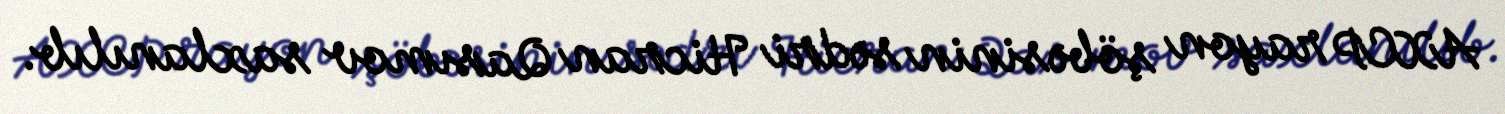
AXCP rayon şöbəsinin sədri Hicran Qasımov saxlanılıb.